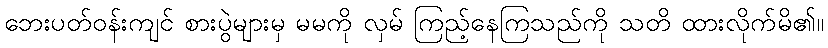
ဘေးပတ်ဝန်းကျင် စားပွဲများမှ မမကို လှမ် ကြည့်နေကြသည်ကို သတိ ထားလိုက်မိ၏။